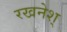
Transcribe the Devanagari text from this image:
रखनेश्